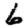
Digit: 6